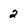
Character: 2